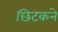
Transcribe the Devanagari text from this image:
छिटकने